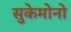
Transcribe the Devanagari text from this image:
सुकेमोनो